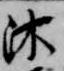
沐